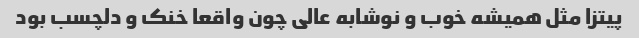
پیتزا مثل همیشه خوب و نوشابه عالی چون واقعا خنک و دلچسب بود